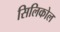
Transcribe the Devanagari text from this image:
सिलिकोल